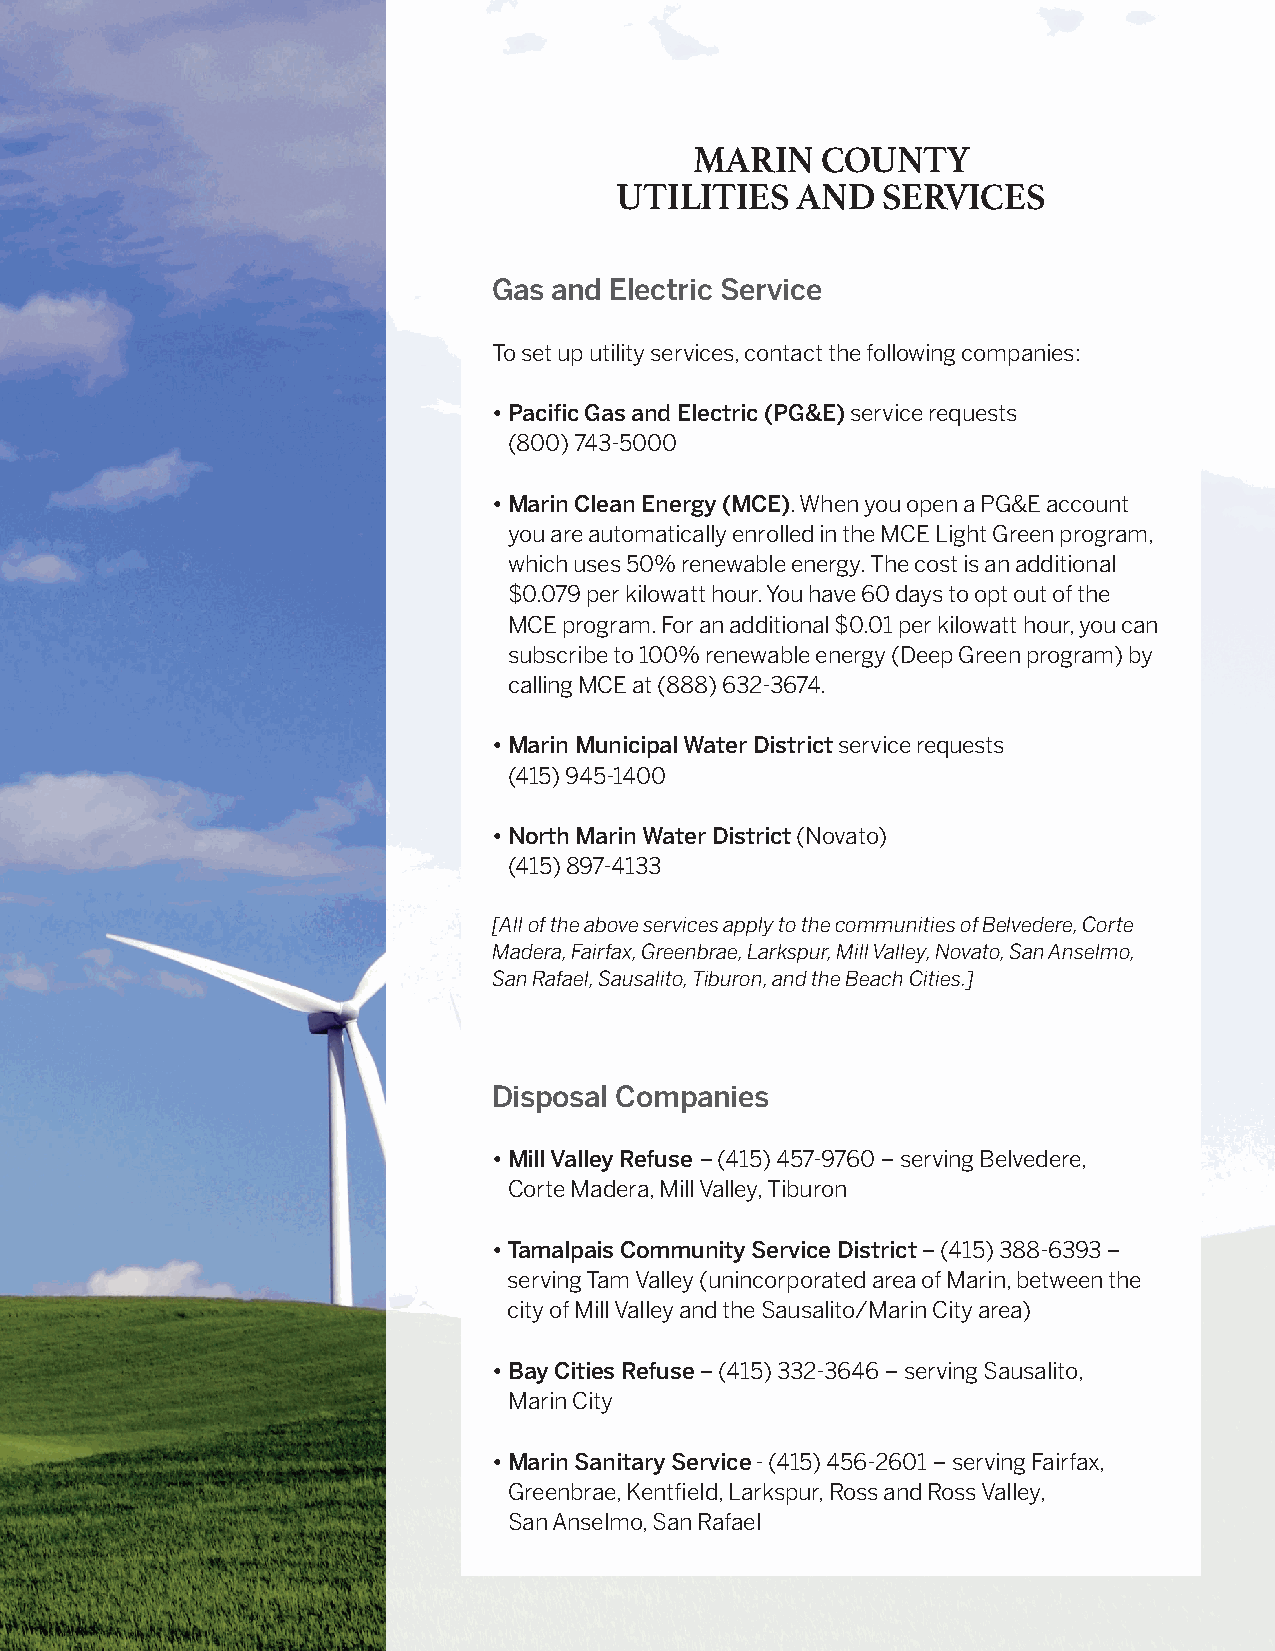
MARIN   COUNTY
 UTILITIES   AND  SERVICES
 Gas and Electric Service
 To set up utility services, contact the following companies:
 • P acific Gas and Electric (PG&E) service requests
 (800) 743-5000
 • M arin Clean Energy (MCE). When you open a PG&E account
 you are automatically enrolled in the MCE Light Green program,
 which uses 50% renewable energy. The cost is an additional
 $0.079 per kilowatt hour. You have 60 days to opt out of the
 MCE program. For an additional $0.01 per kilowatt hour, you can
 subscribe to 100% renewable energy (Deep Green program) by
 calling MCE at (888) 632-3674.
 • M arin Municipal Water District service requests
 (415) 945-1400
 • N orth Marin Water District (Novato)
 (415) 897-4133
 [All of the above services apply to the communities of Belvedere, Corte
 Madera, Fairfax, Greenbrae, Larkspur, Mill Valley, Novato, San Anselmo,
 San Rafael, Sausalito, Tiburon, and the Beach Cities.]
 Disposal Companies
 • M ill Valley Refuse – (415) 457-9760 – serving Belvedere,
 Corte Madera, Mill Valley, Tiburon
 • Tamalpais Community Service District – (415) 388-6393 –
 serving Tam Valley (unincorporated area of Marin, between the
 city of Mill Valley and the Sausalito/Marin City area)
 • B ay Cities Refuse – (415) 332-3646 – serving Sausalito,
 Marin City
 • M arin Sanitary Service - (415) 456-2601 – serving Fairfax,
 Greenbrae, Kentfield, Larkspur, Ross and Ross Valley,
 San Anselmo, San Rafael